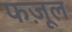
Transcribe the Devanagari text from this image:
फज़ूल